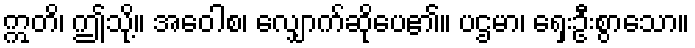
ဣတိ၊ ဤသို့။ အဝေါစ၊ လျှောက်ဆိုပေ၏။ ပဌမာ၊ ရှေးဦးစွာသော။